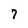
Character: 7